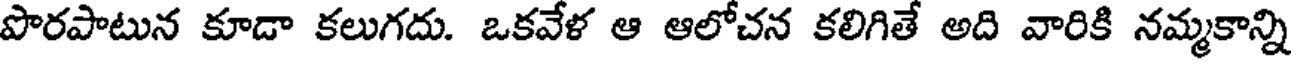
పొరపాటున కూడా కలుగదు. ఒకవేళ ఆ ఆలోచన కలిగితే అది వారికి నమ్మకాన్ని